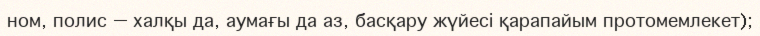
ном, полис — халқы да, аумағы да аз, басқару жүйесі қарапайым протомемлекет);